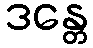
ဒန္တေ